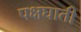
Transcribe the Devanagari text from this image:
पक्षघाती